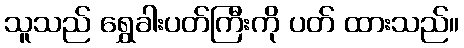
သူသည် ရွှေခါးပတ်ကြီးကို ပတ် ထားသည်။